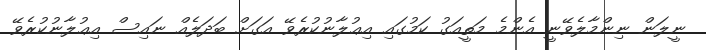
ނީލަން ނިންމާލެވޭނީ އެންމެ މަތީއަގު ކަމުގައި އިޢުލާނުކުރެވޭ އަގަށް ބަދަލެއް ނައިސް އިޢުލާނުކުރެވޭ